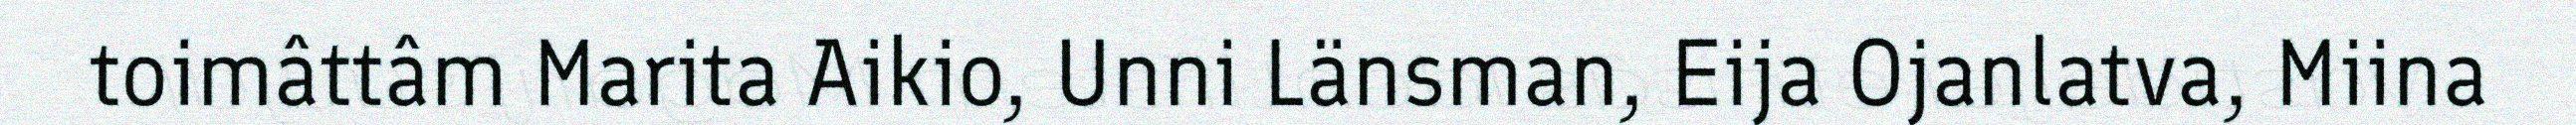
toimâttâm Marita Aikio, Unni Länsman, Eija Ojanlatva, Miina